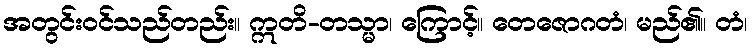
အတွင်းဝင်သည်တည်း။ ဣတိ-တသ္မာ၊ ကြောင့်။ တေဇောဂတံ၊ မည်၏။ တံ၊